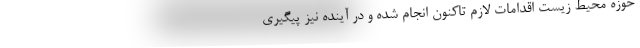
حوزه محیط زیست اقدامات لازم تاکنون انجام شده و در آینده نیز پیگیری